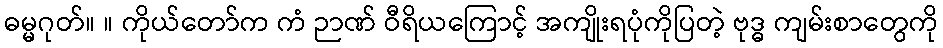
ဓမ္မဂုတ်။ ။ ကိုယ်တော်က ကံ ဉာဏ် ဝီရိယကြောင့် အကျိုးရပုံကိုပြတဲ့ ဗုဒ္ဓ ကျမ်းစာတွေကို